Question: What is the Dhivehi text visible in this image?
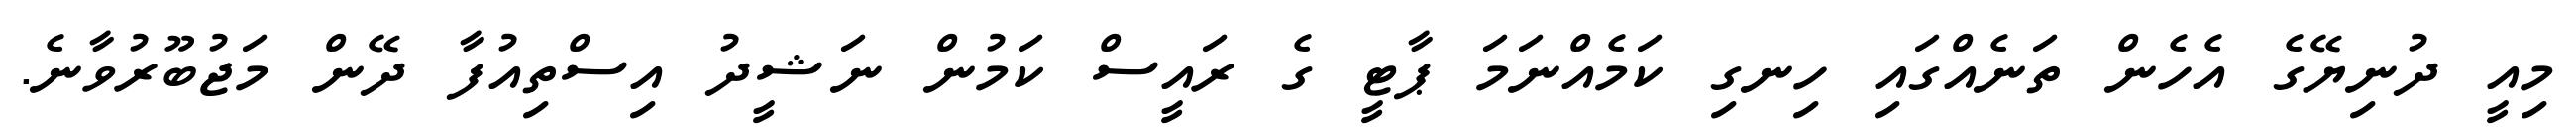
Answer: މިއީ ދުނިޔޭގެ އެހެން ތަނެއްގައި ހިނގި ކަމެއްނަމަ ޕާޓީ ގެ ރައީސް ކަމުން ނަޝީދު އިސްތިއުފާ ދޭން މަޖުބޫރުވާނެ.